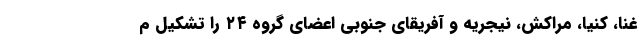
غنا، کنیا، مراکش، نیجریه و آفریقای جنوبی اعضای گروه ۲۴ را تشکیل م